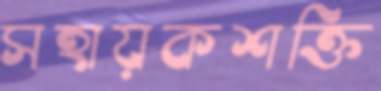
সহায়কশক্তি